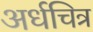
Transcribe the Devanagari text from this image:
अर्धचित्र